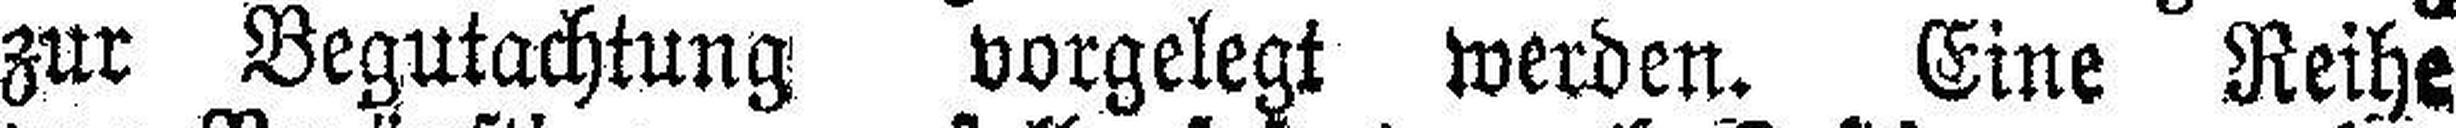
zur Begutachtung vorgelegt werden. Eine Reihe